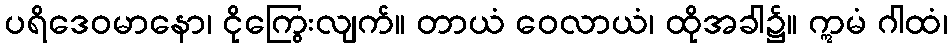
ပရိဒေဝမာနော၊ ငိုကြွေးလျက်။ တာယံ ဝေလာယံ၊ ထိုအခါ၌။ ဣမံ ဂါထံ၊